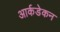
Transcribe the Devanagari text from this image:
आर्कडेकन